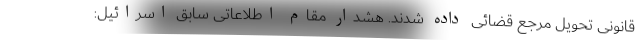
قانونی تحویل مرجع قضائی داده شدند. هشدار مقام اطلاعاتی سابق اسرائیل: